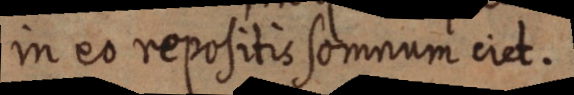
in eo repositis somnum ciet.